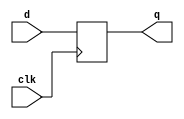
`timescale 1ns / 1ps
//////////////////////////////////////////////////////////////////////////////////
// Company: 
// Engineer: 
// 
// Design Name: 
// Module Name: PIPO
// Project Name: 
// Target Devices: 
// Tool Versions: 
// Description: 
// 
// Dependencies: 
// 
// Revision:
// Revision 0.01 - File Created
// Additional Comments:
// 
//////////////////////////////////////////////////////////////////////////////////


module PIPO(
    input [3:0] d,
    input clk,
    output reg [3:0] q
    );
    
    initial 
    begin
        q = 4'b0000;
    end
    
    always @ (posedge clk)
    begin
        q <= d;
    end
endmodule